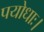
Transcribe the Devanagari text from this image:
पयोधाः।